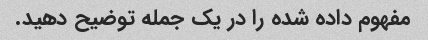
مفهوم داده شده را در یک جمله توضیح دهید.